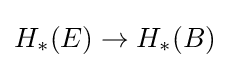
H_{*}(E)\to H_{*}(B)